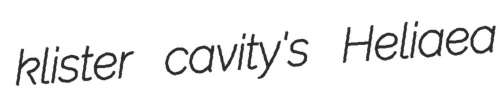
klister cavity's Heliaea